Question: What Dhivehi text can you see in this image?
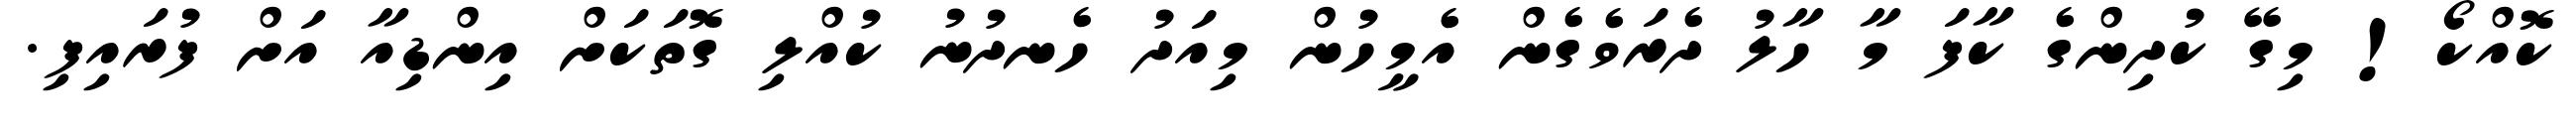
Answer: ކޮއްކޯ! މިގޭ ކުދިންގެ ކާފަ މާ ހާލު ދެރަވެގެން އެމީހުން މިއަދު ހެނދުނު ކުއްލި ގޮތަކަށް އިންޑިއާ އަށް ފުރައިފި.